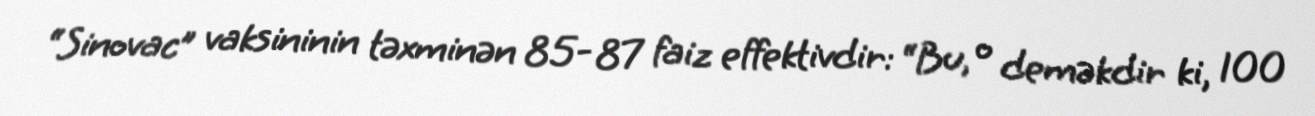
“Sinovac” vaksininin təxminən 85- 87 faiz effektivdir: “Bu, o deməkdir ki, 100